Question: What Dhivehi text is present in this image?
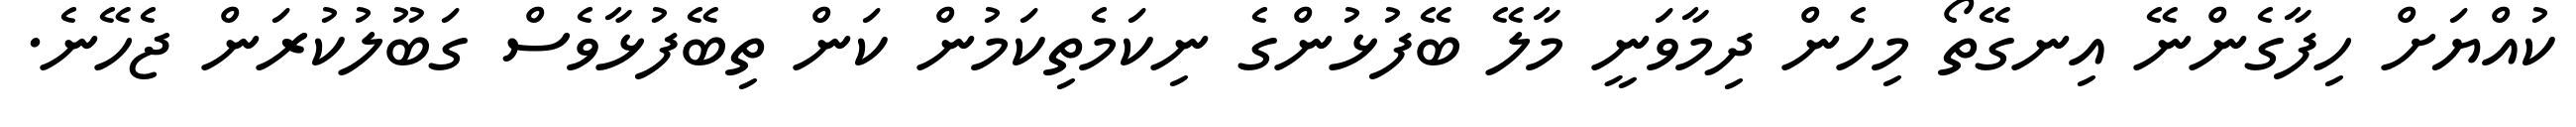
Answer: ކުއްޔަށް ހިފާގެންނޭ އިނގޭތޯ މިހެން ދިމާވަނީ މާލޭ ބޭފުޅުންގެ ނިކަމެތިކަމުން ކަން ތިބޭފުޅާވެސް ގަބޫލުކުރަން ޖެހޭނެ.